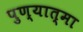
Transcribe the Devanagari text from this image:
पुण्‍यात्‍मा